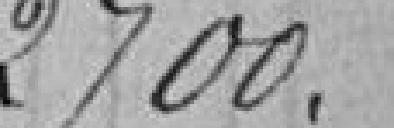
2700